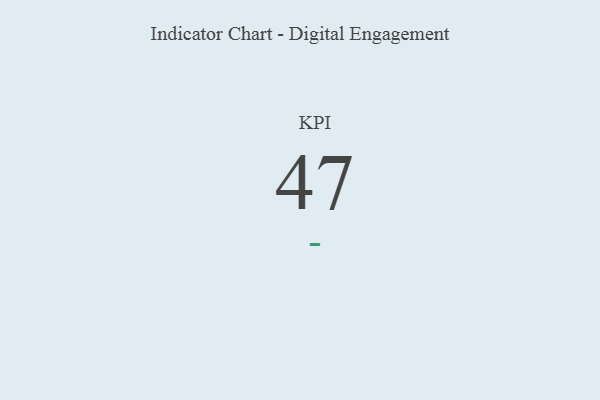
{"axis": {"x": "KPI", "y": "Value"}, "legend": [""], "data": [{"x": "KPI", "y": 47, "type": ""}]}